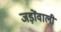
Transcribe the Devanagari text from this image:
जड़ोंवाली